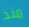
منذ